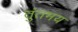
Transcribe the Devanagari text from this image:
तुंतमय